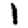
Digit: 1